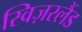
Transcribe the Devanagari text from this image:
स्विज़रलैंड